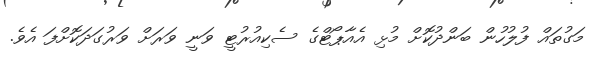
މަގުތައް ފުލުހުން ބަންދުކޮށް މުޅި އެއާޕޯޓްގެ ސެކިއުރުޓީ ވަނީ ވަރަށް ވަރުގަދަކޮށްފަ އެވެ.